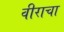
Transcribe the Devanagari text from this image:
वीराचा